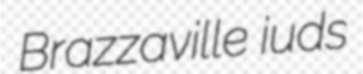
Brazzaville iuds